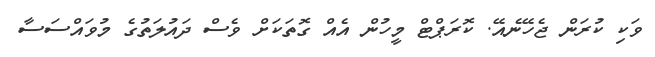
ވަކި ކުރަން ޖެހޭނެއޭ. ކޮރަޕްޓް މީހުން އެއް ގޮތަކަށް ވެސް ދައުލަތުގެ މުވައްސަސާ